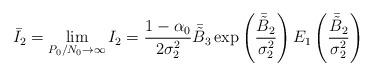
LaTeX: \begin{align*}\bar{I}_2=\lim \limits_{P_0/N_0\rightarrow \infty} I_2=\frac{1-\alpha_0}{2\sigma_2^2}\bar{\tilde{B}}_3\exp\left(\frac{\bar{\tilde{B}}_2}{\sigma_2^2}\right)E_1\left(\frac{\bar{\tilde{B}}_2}{\sigma_2^2}\right)\end{align*}